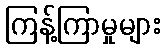
ကြန့်ကြာမှုများ